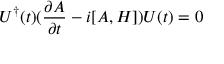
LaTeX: U ^ { \dagger } ( t ) ( { \frac { \partial A } { \partial t } } - i [ A , H ] ) U ( t ) = 0 \nonumber